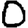
Digit: 0